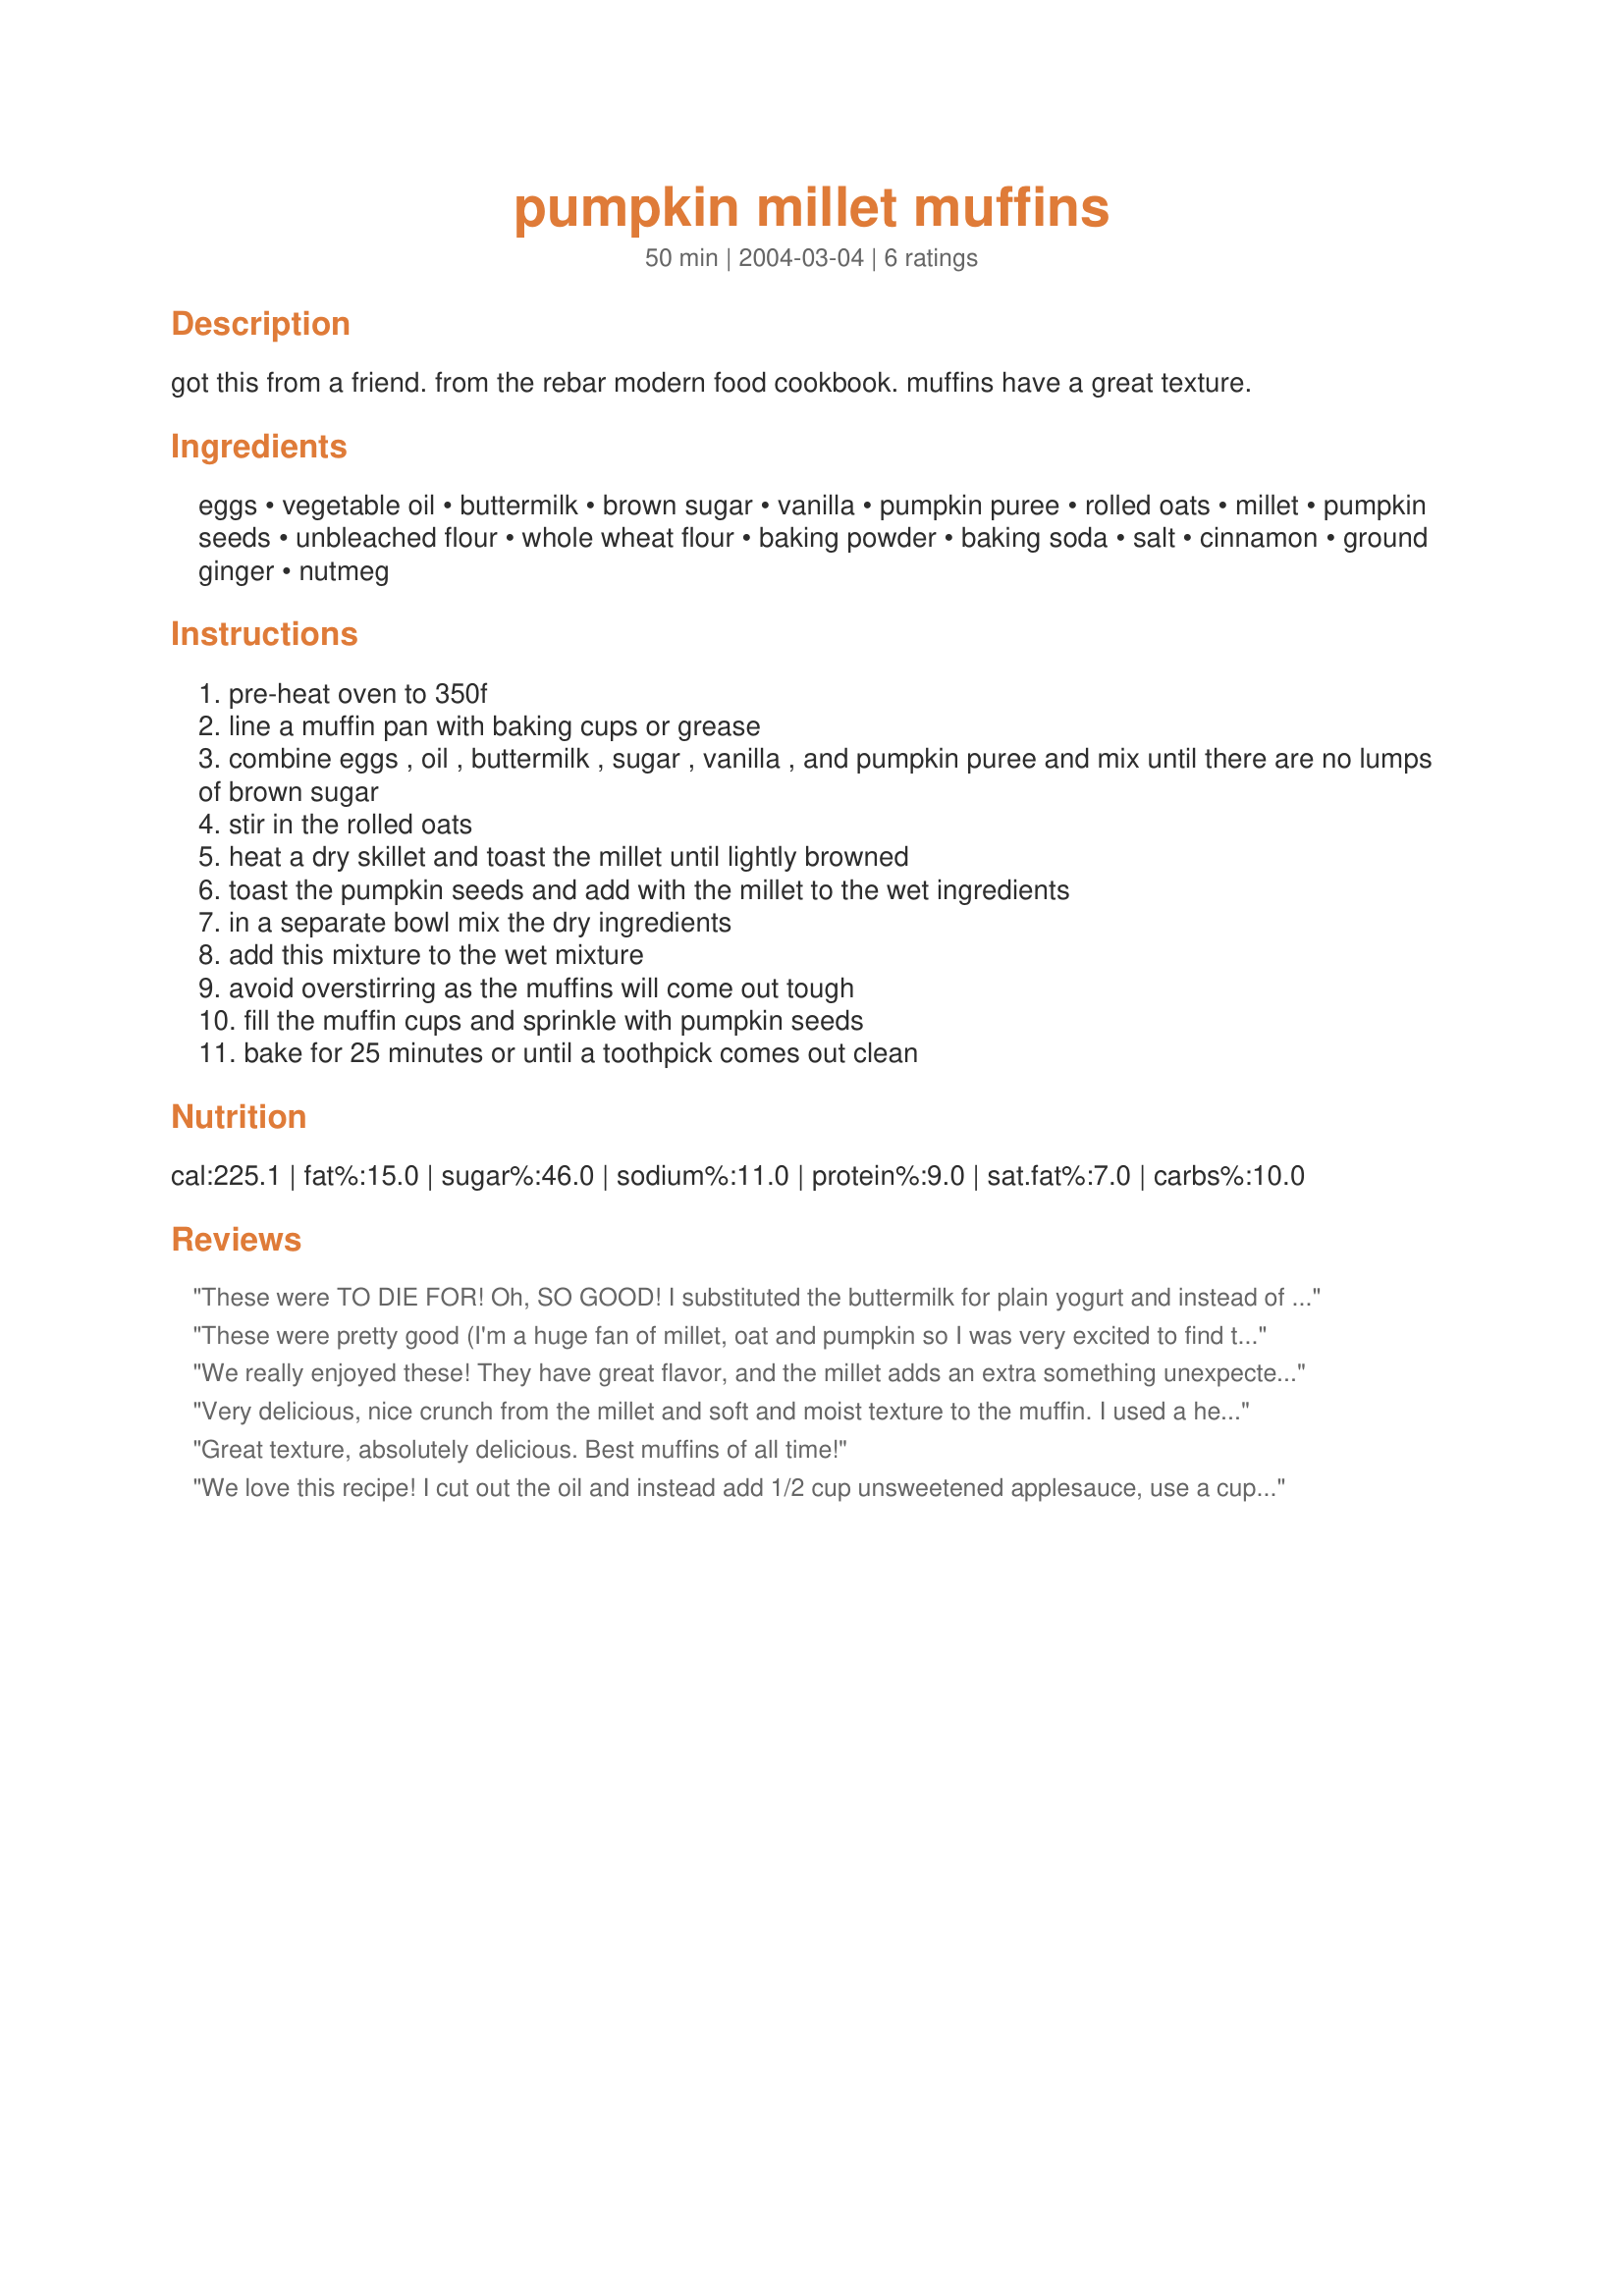
pumpkin millet muffins
Preparation time: 50 minutes

got this from a friend. from the rebar modern food cookbook. muffins have a great texture.

Ingredients:
eggs, vegetable oil, buttermilk, brown sugar, vanilla, pumpkin puree, rolled oats, millet, pumpkin seeds, unbleached flour, whole wheat flour, baking powder, baking soda, salt, cinnamon, ground ginger, nutmeg

Steps:
pre-heat oven to 350f
line a muffin pan with baking cups or grease
combine eggs , oil , buttermilk , sugar , vanilla , and pumpkin puree and mix until there are no lumps of brown sugar
stir in the rolled oats
heat a dry skillet and toast the millet until lightly browned
toast the pumpkin seeds and add with the millet to the wet ingredients
in a separate bowl mix the dry ingredients
add this mixture to the wet mixture
avoid overstirring as the muffins will come out tough
fill the muffin cups and sprinkle with pumpkin seeds
bake for 25 minutes or until a toothpick comes out clean

Reviews:
These were TO DIE FOR! Oh, SO GOOD! I substituted the buttermilk for plain yogurt and instead of unbleached flour I used organic whole wheat soft flour. The resulting muffins were light, moist, and addictive! Thanks for a wonderful recipe! My 15 month old son devoured his! :)
These were pretty good (I'm a huge fan of millet, oat and pumpkin so I was very excited to find this recipe) - they just weren't quite spicy enough for me. Next time I'll boost the spice content (and maybe add some orange zest and vanilla extract too). Thank you for the recipe!
We really enjoyed these! They have great flavor, and the millet adds an extra something unexpected. I used white wheat flour instead of the AP, and spelt for the whole wheat. I also left out the pumpkin seeds and DH said he wished I had remembered them LOL. I used some ground clove instead of ginger as that's what I had on hand, and applesauce instead of all but 1 T of the oil. Mine needed the full 25 minutes to cook through. Thanks for posting!
Very delicious, nice crunch from the millet and soft and moist texture to the muffin. I used a heaping teaspoon of pumpkin pie spice instead of spices listed, used 1/2 cup applesauce instead of eggs. I left out the pumpkin seeds as I did not have them and used butternut squash puree instead of pumpkin since I have so much butternut squash coming in from my grandparents garden. I would definitely make this again.
Great texture, absolutely delicious. Best muffins of all time!
We love this recipe! I cut out the oil and instead add 1/2 cup unsweetened applesauce, use a cup of plain yogurt instead of buttermilk, use a cup of ww flour instead of unbleached and 3/4 cup spelt flour. Finally, I substitute 1 tsp pumpkin pie spice for the cinnamon and nutmeg. A perfect recipe for fall!
